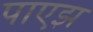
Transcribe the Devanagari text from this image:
पाएझ